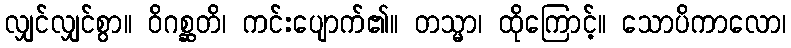
လျှင်လျှင်စွာ။ ဝိဂစ္ဆတိ၊ ကင်းပျောက်၏။ တသ္မာ၊ ထိုကြောင့်။ သောပိကာလော၊